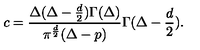
c = { \frac { \Delta ( \Delta - { \frac { d } { 2 } } ) \Gamma ( \Delta ) } { \pi ^ { \frac { d } { 2 } } ( \Delta - p ) } } \Gamma ( \Delta - { \frac { d } { 2 } } ) .